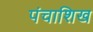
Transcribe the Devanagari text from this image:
पंचाशिख